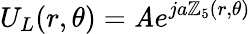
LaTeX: U_{L}(r,\theta)=\mathit{A}e^{ja\mathbb{Z}_{5}(r,\theta)}